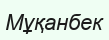
Мұқанбек